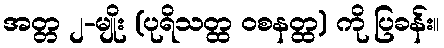
အတ္တ ၂-မျိုး (ပုရိသတ္ထ ဝစနတ္ထ) ကို ပြခန်း။